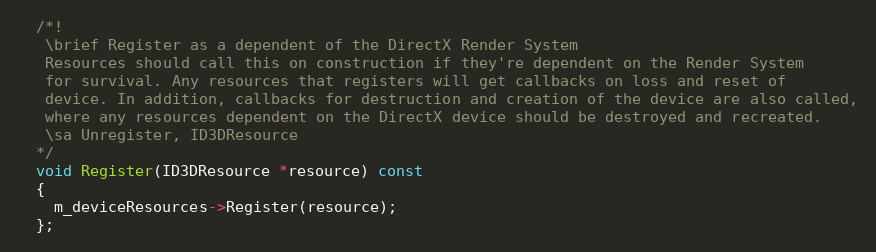
Language: C
  /*!
   \brief Register as a dependent of the DirectX Render System
   Resources should call this on construction if they're dependent on the Render System
   for survival. Any resources that registers will get callbacks on loss and reset of
   device. In addition, callbacks for destruction and creation of the device are also called,
   where any resources dependent on the DirectX device should be destroyed and recreated.
   \sa Unregister, ID3DResource
  */
  void Register(ID3DResource *resource) const
  {
    m_deviceResources->Register(resource);
  };